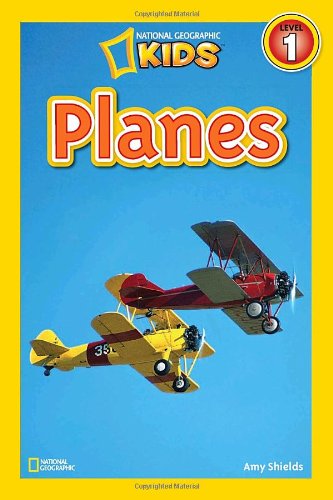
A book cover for National Geographic Readers: Planes; Amy Shields; Children's Books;